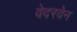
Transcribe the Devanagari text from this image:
वेदरवेन